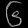
Digit: ၆